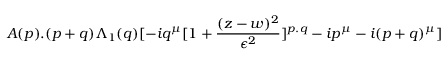
A ( p ) . ( p + q ) \Lambda _ { 1 } ( q ) [ - i q ^ { \mu } [ 1 + { \frac { ( z - w ) ^ { 2 } } { \epsilon ^ { 2 } } } ] ^ { p . q } - i p ^ { \mu } - i ( p + q ) ^ { \mu } ]